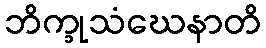
ဘိက္ခုသံဃေနာတိ